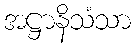
အဋ္ဌာနိသံသာ